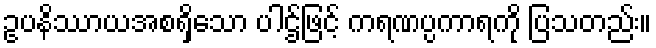
ဥပနိဿာယအစရှိသော ပါဌ်ဖြင့် ကရဏပ္ပကာရကို ပြသတည်း။